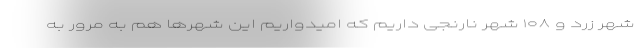
شهر زرد و ۱۰۸ شهر نارنجی داریم که امیدواریم این شهرها هم به مرور به